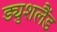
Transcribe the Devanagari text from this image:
ड्युशलैंड